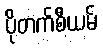
ပိုတက်စီယမ်